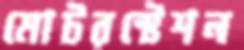
মোটরস্টেশন